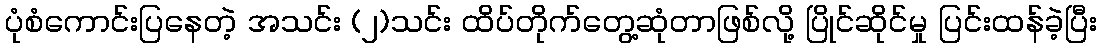
ပုံစံကောင်းပြနေတဲ့ အသင်း (၂)သင်း ထိပ်တိုက်တွေ့ဆုံတာဖြစ်လို့ ပြိုင်ဆိုင်မှု ပြင်းထန်ခဲ့ပြီး